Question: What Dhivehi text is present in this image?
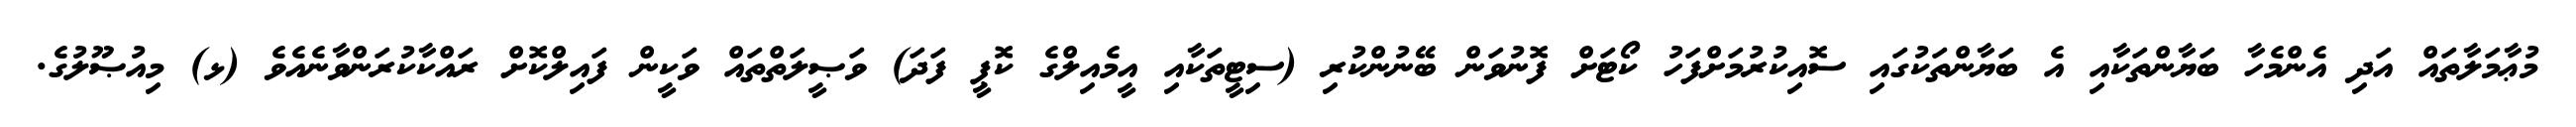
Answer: މުޢާމަލާތައް އަދި އެންމެހާ ބަޔާންތަކާއި އެ ބަޔާންތަކުގައި ސޮއިކުރުމަށްފަހު ކޯޓަށް ފޮނުވަން ބޭނުންކުރި (ސިޓީތަކާއި އީމެއިލްގެ ކޮޕީ ފަދަ) ވަޞީލަތްތައް ވަކީން ފައިލްކޮށް ރައްކާކުރަންވާނެއެވެ (ޅ) މިއުޞޫލުގެ.